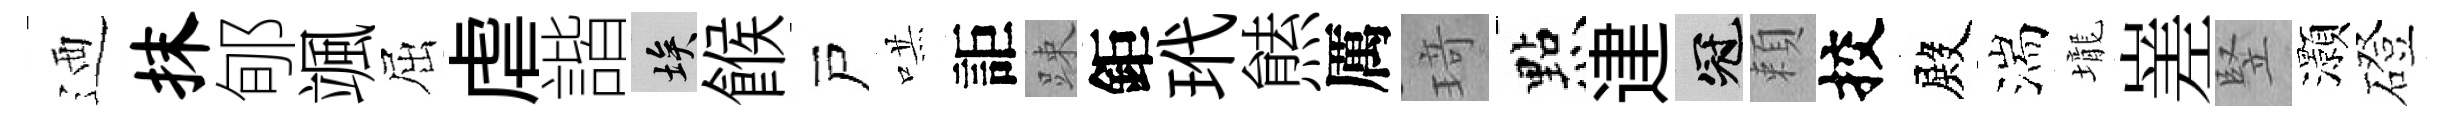
迺抹郇颯屈虐諧埃餱戸哄詎踈鉅玳㷱厲𤦺㸃䢖冠頼挍殿湍壠嵳竪灝磴